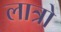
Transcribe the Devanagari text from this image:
लात्रो